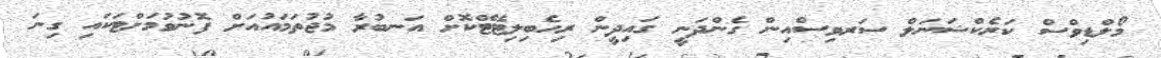
މޯލްޑިވްސް ކަރެކްޝަނަލް ސަރވިސްއިން ގެންދަނީ ގައިދީން ރިހެބިލިޓޭޓްކޮށް އަނބުރާ މުޖުތަމައުއަށް ފޮނުވުމަށްޓަކައި ގިނަ